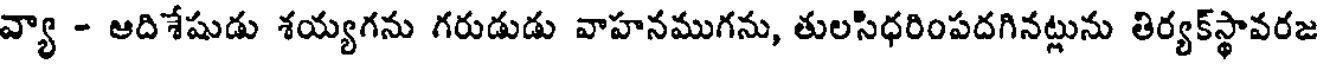
వ్యా - ఆదిశేషుడు శయ్యగను గరుడుడు వాహనముగను, తులసిధరింపదగినట్లును తిర్యక్స్థావరజ